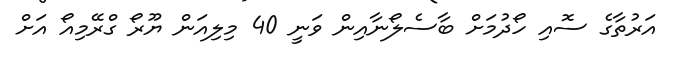
އަރުތާގެ ސޮއި ހޯދުމަށް ބާސެލޯނާއިން ވަނީ 40 މިލިއަން ޔޫރޯ ގްރޭމިއޯ އަށް